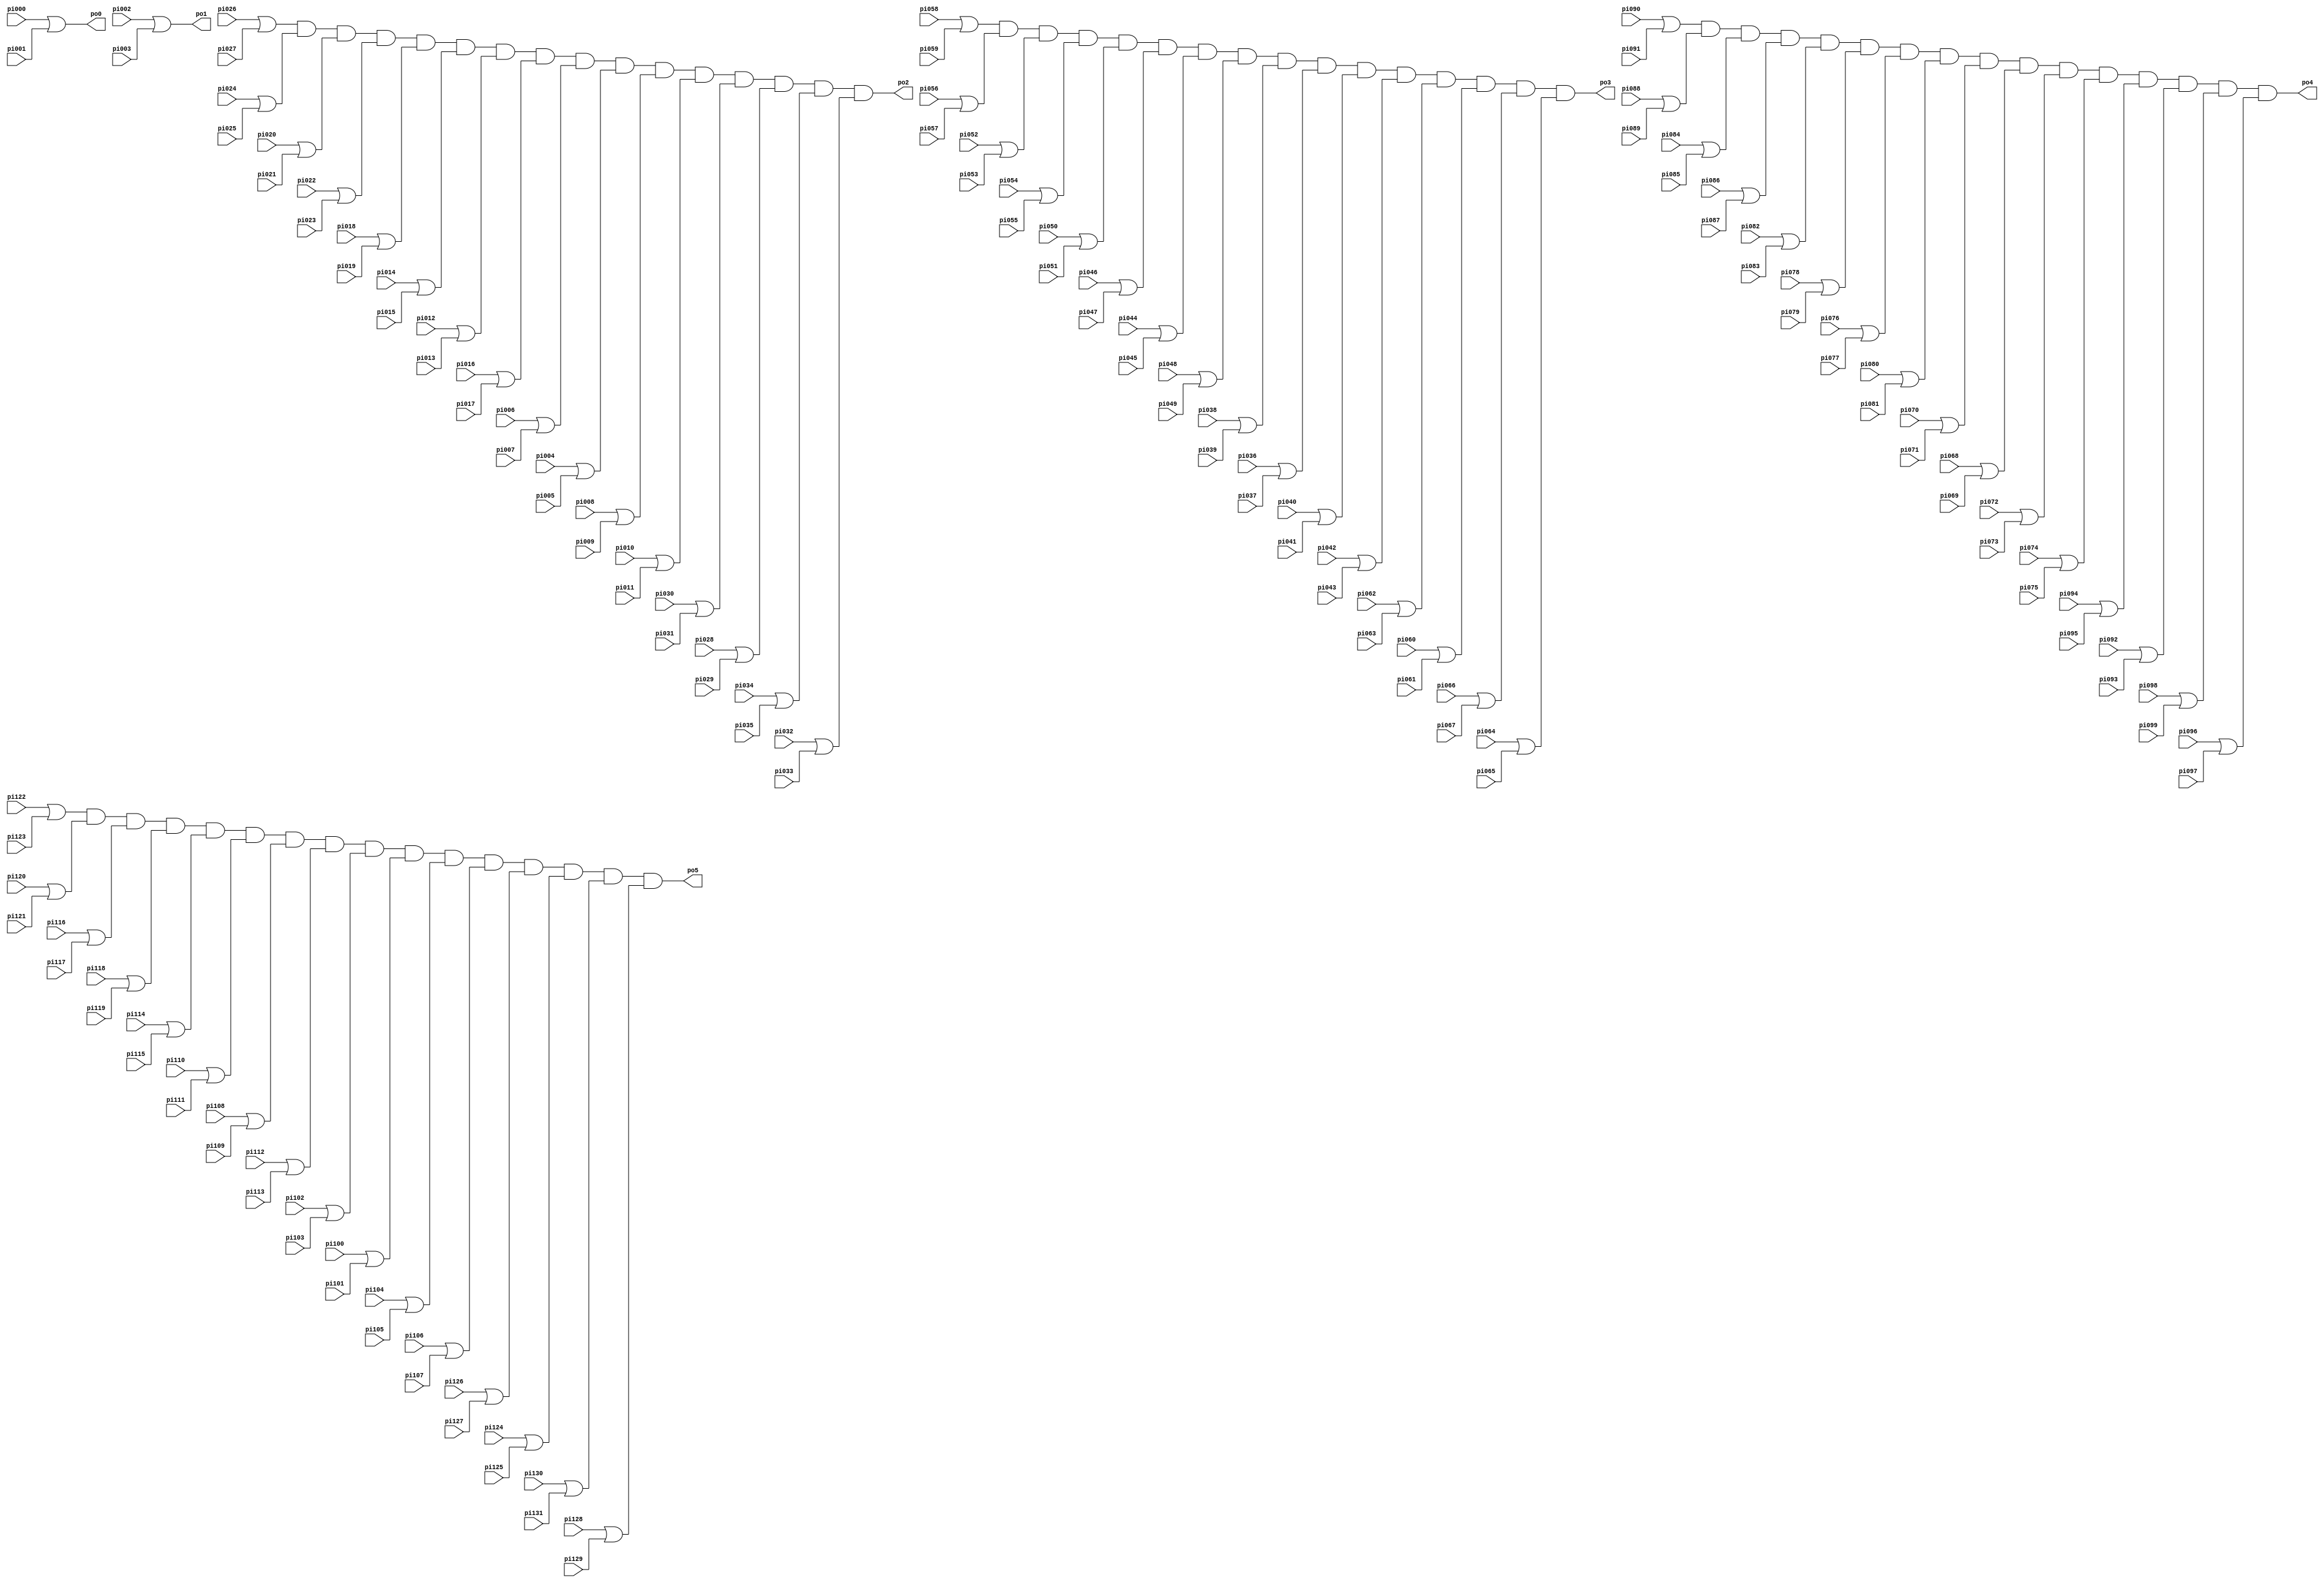
// Benchmark "i3" written by ABC on Thu Mar 19 13:02:36 2020

module i3 ( 
    pi000, pi001, pi002, pi003, pi004, pi005, pi006, pi007, pi008, pi009,
    pi010, pi011, pi012, pi013, pi014, pi015, pi016, pi017, pi018, pi019,
    pi020, pi021, pi022, pi023, pi024, pi025, pi026, pi027, pi028, pi029,
    pi030, pi031, pi032, pi033, pi034, pi035, pi036, pi037, pi038, pi039,
    pi040, pi041, pi042, pi043, pi044, pi045, pi046, pi047, pi048, pi049,
    pi050, pi051, pi052, pi053, pi054, pi055, pi056, pi057, pi058, pi059,
    pi060, pi061, pi062, pi063, pi064, pi065, pi066, pi067, pi068, pi069,
    pi070, pi071, pi072, pi073, pi074, pi075, pi076, pi077, pi078, pi079,
    pi080, pi081, pi082, pi083, pi084, pi085, pi086, pi087, pi088, pi089,
    pi090, pi091, pi092, pi093, pi094, pi095, pi096, pi097, pi098, pi099,
    pi100, pi101, pi102, pi103, pi104, pi105, pi106, pi107, pi108, pi109,
    pi110, pi111, pi112, pi113, pi114, pi115, pi116, pi117, pi118, pi119,
    pi120, pi121, pi122, pi123, pi124, pi125, pi126, pi127, pi128, pi129,
    pi130, pi131,
    po0, po1, po2, po3, po4, po5  );
  input  pi000, pi001, pi002, pi003, pi004, pi005, pi006, pi007, pi008,
    pi009, pi010, pi011, pi012, pi013, pi014, pi015, pi016, pi017, pi018,
    pi019, pi020, pi021, pi022, pi023, pi024, pi025, pi026, pi027, pi028,
    pi029, pi030, pi031, pi032, pi033, pi034, pi035, pi036, pi037, pi038,
    pi039, pi040, pi041, pi042, pi043, pi044, pi045, pi046, pi047, pi048,
    pi049, pi050, pi051, pi052, pi053, pi054, pi055, pi056, pi057, pi058,
    pi059, pi060, pi061, pi062, pi063, pi064, pi065, pi066, pi067, pi068,
    pi069, pi070, pi071, pi072, pi073, pi074, pi075, pi076, pi077, pi078,
    pi079, pi080, pi081, pi082, pi083, pi084, pi085, pi086, pi087, pi088,
    pi089, pi090, pi091, pi092, pi093, pi094, pi095, pi096, pi097, pi098,
    pi099, pi100, pi101, pi102, pi103, pi104, pi105, pi106, pi107, pi108,
    pi109, pi110, pi111, pi112, pi113, pi114, pi115, pi116, pi117, pi118,
    pi119, pi120, pi121, pi122, pi123, pi124, pi125, pi126, pi127, pi128,
    pi129, pi130, pi131;
  output po0, po1, po2, po3, po4, po5;
  wire new_n141_, new_n142_, new_n143_, new_n144_, new_n145_, new_n146_,
    new_n147_, new_n148_, new_n149_, new_n150_, new_n151_, new_n152_,
    new_n153_, new_n154_, new_n155_, new_n156_, new_n157_, new_n158_,
    new_n159_, new_n160_, new_n161_, new_n162_, new_n163_, new_n164_,
    new_n165_, new_n166_, new_n167_, new_n168_, new_n169_, new_n170_,
    new_n171_, new_n172_, new_n173_, new_n174_, new_n175_, new_n176_,
    new_n177_, new_n178_, new_n179_, new_n180_, new_n181_, new_n182_,
    new_n183_, new_n184_, new_n185_, new_n186_, new_n187_, new_n188_,
    new_n189_, new_n190_, new_n191_, new_n192_, new_n193_, new_n194_,
    new_n195_, new_n196_, new_n197_, new_n198_, new_n199_, new_n200_,
    new_n201_, new_n202_, new_n203_, new_n204_;
  assign po0 = pi000 | pi001;
  assign po1 = pi002 | pi003;
  assign new_n141_ = pi004 | pi005;
  assign new_n142_ = pi006 | pi007;
  assign new_n143_ = pi008 | pi009;
  assign new_n144_ = pi010 | pi011;
  assign new_n145_ = pi012 | pi013;
  assign new_n146_ = pi014 | pi015;
  assign new_n147_ = pi016 | pi017;
  assign new_n148_ = pi018 | pi019;
  assign new_n149_ = pi020 | pi021;
  assign new_n150_ = pi022 | pi023;
  assign new_n151_ = pi024 | pi025;
  assign new_n152_ = pi026 | pi027;
  assign new_n153_ = pi028 | pi029;
  assign new_n154_ = pi030 | pi031;
  assign new_n155_ = pi032 | pi033;
  assign new_n156_ = pi034 | pi035;
  assign new_n157_ = pi036 | pi037;
  assign new_n158_ = pi038 | pi039;
  assign new_n159_ = pi040 | pi041;
  assign new_n160_ = pi042 | pi043;
  assign new_n161_ = pi044 | pi045;
  assign new_n162_ = pi046 | pi047;
  assign new_n163_ = pi048 | pi049;
  assign new_n164_ = pi050 | pi051;
  assign new_n165_ = pi052 | pi053;
  assign new_n166_ = pi054 | pi055;
  assign new_n167_ = pi056 | pi057;
  assign new_n168_ = pi058 | pi059;
  assign new_n169_ = pi060 | pi061;
  assign new_n170_ = pi062 | pi063;
  assign new_n171_ = pi064 | pi065;
  assign new_n172_ = pi066 | pi067;
  assign new_n173_ = pi068 | pi069;
  assign new_n174_ = pi070 | pi071;
  assign new_n175_ = pi072 | pi073;
  assign new_n176_ = pi074 | pi075;
  assign new_n177_ = pi076 | pi077;
  assign new_n178_ = pi078 | pi079;
  assign new_n179_ = pi080 | pi081;
  assign new_n180_ = pi082 | pi083;
  assign new_n181_ = pi084 | pi085;
  assign new_n182_ = pi086 | pi087;
  assign new_n183_ = pi088 | pi089;
  assign new_n184_ = pi090 | pi091;
  assign new_n185_ = pi092 | pi093;
  assign new_n186_ = pi094 | pi095;
  assign new_n187_ = pi096 | pi097;
  assign new_n188_ = pi098 | pi099;
  assign new_n189_ = pi100 | pi101;
  assign new_n190_ = pi102 | pi103;
  assign new_n191_ = pi104 | pi105;
  assign new_n192_ = pi106 | pi107;
  assign new_n193_ = pi108 | pi109;
  assign new_n194_ = pi110 | pi111;
  assign new_n195_ = pi112 | pi113;
  assign new_n196_ = pi114 | pi115;
  assign new_n197_ = pi116 | pi117;
  assign new_n198_ = pi118 | pi119;
  assign new_n199_ = pi120 | pi121;
  assign new_n200_ = pi122 | pi123;
  assign new_n201_ = pi124 | pi125;
  assign new_n202_ = pi126 | pi127;
  assign new_n203_ = pi128 | pi129;
  assign new_n204_ = pi130 | pi131;
  assign po2 = new_n152_ & new_n151_ & new_n149_ & new_n150_ & new_n148_ & new_n146_ & new_n145_ & new_n147_ & new_n142_ & new_n141_ & new_n143_ & new_n144_ & new_n154_ & new_n153_ & new_n156_ & new_n155_;
  assign po3 = new_n168_ & new_n167_ & new_n165_ & new_n166_ & new_n164_ & new_n162_ & new_n161_ & new_n163_ & new_n158_ & new_n157_ & new_n159_ & new_n160_ & new_n170_ & new_n169_ & new_n172_ & new_n171_;
  assign po4 = new_n184_ & new_n183_ & new_n181_ & new_n182_ & new_n180_ & new_n178_ & new_n177_ & new_n179_ & new_n174_ & new_n173_ & new_n175_ & new_n176_ & new_n186_ & new_n185_ & new_n188_ & new_n187_;
  assign po5 = new_n200_ & new_n199_ & new_n197_ & new_n198_ & new_n196_ & new_n194_ & new_n193_ & new_n195_ & new_n190_ & new_n189_ & new_n191_ & new_n192_ & new_n202_ & new_n201_ & new_n204_ & new_n203_;
endmodule